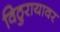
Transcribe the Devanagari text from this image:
विठुरायावर